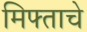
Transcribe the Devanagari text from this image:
मिफ्ताचे